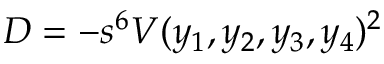
D = - s ^ { 6 } V ( y _ { 1 } , y _ { 2 } , y _ { 3 } , y _ { 4 } ) ^ { 2 }